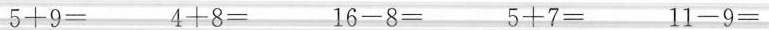
5+9= 4+8= 16-8= 5+7= 11-9=